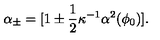
\alpha _ { \pm } = [ 1 \pm \frac { 1 } { 2 } \kappa ^ { - 1 } \alpha ^ { 2 } ( \phi _ { 0 } ) ] .